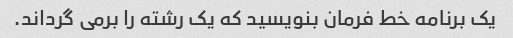
یک برنامه خط فرمان بنویسید که یک رشته را برمی گرداند.